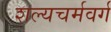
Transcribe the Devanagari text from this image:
शल्यचर्मवर्ग